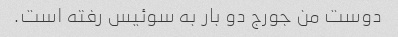
دوست من جورج دو بار به سوئیس رفته است.